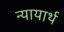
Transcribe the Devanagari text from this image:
न्यायार्थ